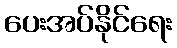
ပေးအပ်နိုင်ရေး